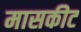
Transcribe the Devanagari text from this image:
मासकीट